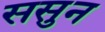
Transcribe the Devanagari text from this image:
ससुन